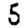
Digit: 5